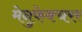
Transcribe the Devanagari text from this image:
मेनुफेक्चरर